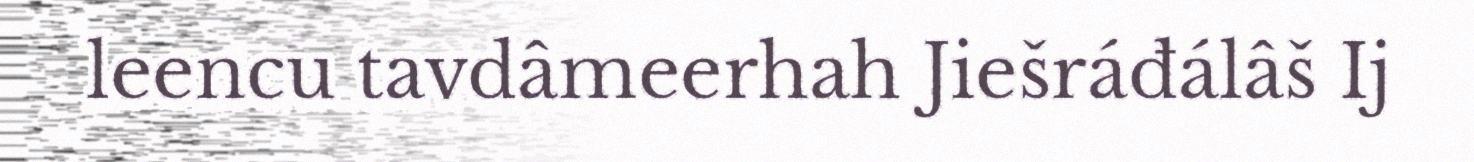
leencu tavdâmeerhah Jiešráđálâš Ij